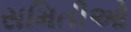
સમિતીઓ